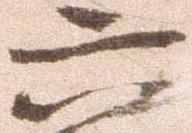
六